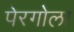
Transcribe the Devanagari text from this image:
पेरगोला